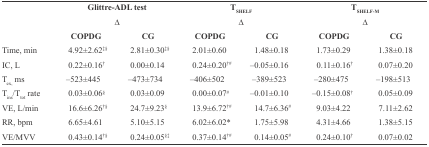
|  | <COLSPAN=2> Glittre-ADL test | <COLSPAN=2> TSHELF | <COLSPAN=2> TSHELF-M |
 |  | <COLSPAN=2> ∆ | <COLSPAN=2> ∆ | <COLSPAN=2> ∆ |
 |  | COPDG | CG | COPDG | CG | COPDG | CG |
 | --- | --- | --- | --- | --- | --- | --- |
 | Time, min | 4.92±2.62‡§ | 2.81±0.30‡§ | 2.01±0.60 | 1.48±0.18 | 1.73±0.29 | 1.38±0.18 |
 | IC,L | 0.22±0.16† | 0.00±0.14 | 0.24±0.20†# | –0.05±0.16 | 0.11±0.16† | 0.07±0.20 |
 | Tex, ms | –523±445 | –473±734 | –406±502 | –389±523 | –280±475 | –198±513 |
 | Tins/Ttot rate | 0.03±0.06§ | 0.03±0.09 | 0.00±0.07# | –0.01±0.10 | –0.15±0.08† | 0.05±0.09 |
 | VE,L/min | 16.6±6.26†§ | 24.7±9.23§ | 13.9±6.72†# | 14.7±6.36# | 9.03±4.22 | 7.11±2.62 |
 | RR,bpm | 6.65±4.61 | 5.10±5.15 | 6.02±6.02* | 1.75±5.98 | 4.31±4.66 | 1.38±5.15 |
 | VE/MVV | 0.43±0.14†§ | 0.24±0.05§‡ | 0.37±0.14†# | 0.14±0.05# | 0.24±0.10† | 0.07±0.02 |